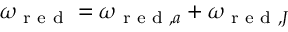
\omega _ { \textup { r e d } } = \omega _ { \textup { r e d } , a } + \omega _ { \textup { r e d } , J }